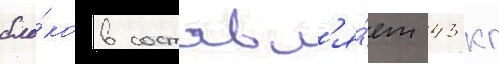
бло́ков составл'я́ет 43 кг